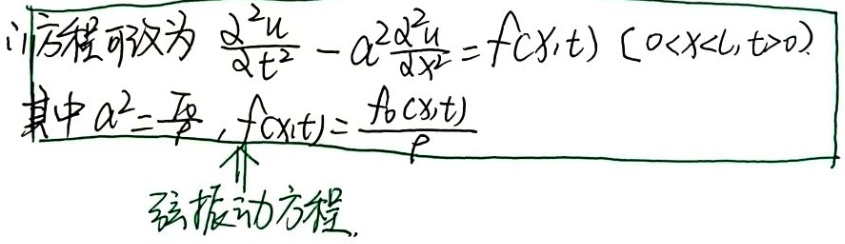
(1) 方程可改为 \(\frac{\partial^{2}u}{\partial t^{2}}-a^{2}\frac{\partial^{2}u}{\partial x^{2}}=f(x,t)\ (0 < x < L,t>0)\)，其中 \(a^{2}=\frac{T_{0}}{\rho}\)，\(f(x,t)=\frac{f_{0}(x,t)}{\rho}\)，弦振动方程.